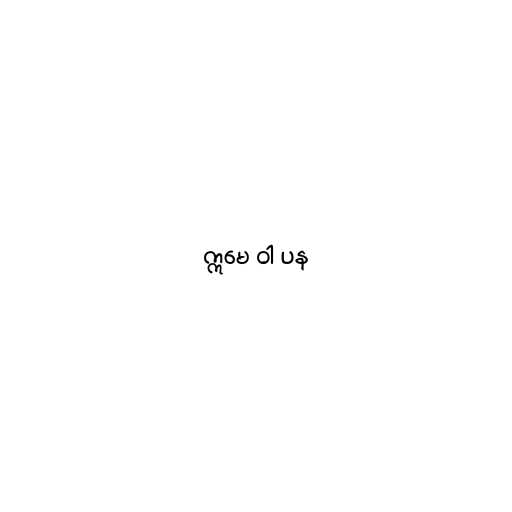
ဣမေ ဝါ ပန